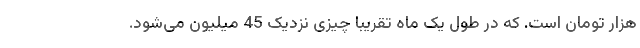
هزار تومان است. که در طول یک ماه تقریبا چیزی نزدیک 45 میلیون می‌شود.